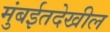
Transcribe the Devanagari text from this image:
मुंबईतदेखील